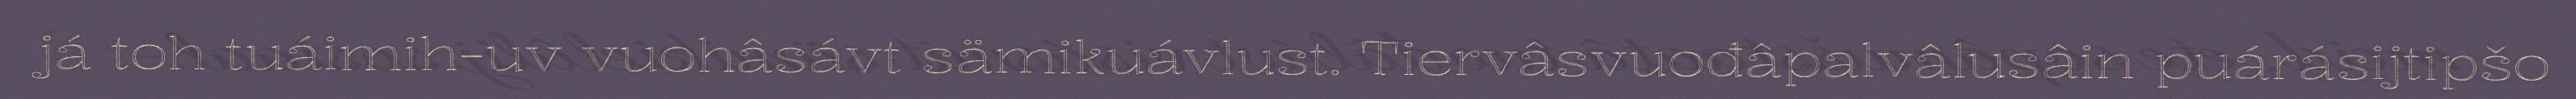
já toh tuáimih-uv vuohâsávt sämikuávlust. Tiervâsvuođâpalvâlusâin puárásijtipšo